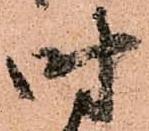
時